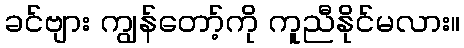
ခင်ဗျား ကျွန်တော့်ကို ကူညီနိုင်မလား။